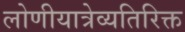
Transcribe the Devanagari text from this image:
लोणीयात्रेव्यतिरिक्त